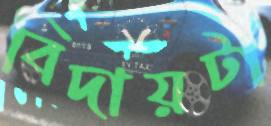
বিদায়টা